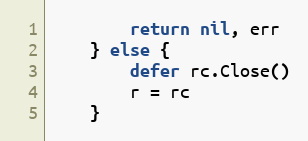
Language: Go
		return nil, err
	} else {
		defer rc.Close()
		r = rc
	}